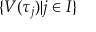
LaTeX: \{ V ( \tau _ { j } ) | j \in I \}